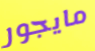
مايجور